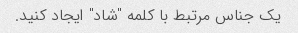
یک جناس مرتبط با کلمه "شاد" ایجاد کنید.